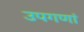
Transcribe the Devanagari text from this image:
उपगणां